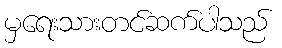
မှရေးသားတင်ဆက်ပါသည်